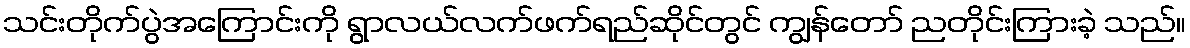
သင်းတိုက်ပွဲအကြောင်းကို ရွာလယ်လက်ဖက်ရည်ဆိုင်တွင် ကျွန်တော် ညတိုင်းကြားခဲ့ သည်။